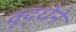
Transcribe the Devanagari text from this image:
वृद्धेने